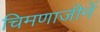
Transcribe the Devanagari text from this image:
चिमणाजीनें